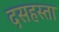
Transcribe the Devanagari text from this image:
दसहस्ता